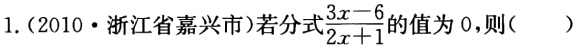
1.(2010·浙江省嘉兴市)若分式$\frac{3x - 6}{2x + 1}$的值为0，则( )